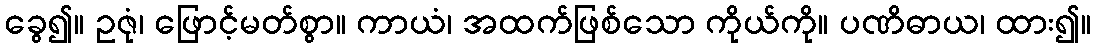
ခွေ၍။ ဥဇုံ၊ ဖြောင့်မတ်စွာ။ ကာယံ၊ အထက်ဖြစ်သော ကိုယ်ကို။ ပဏိဓာယ၊ ထား၍။